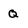
Character: Q